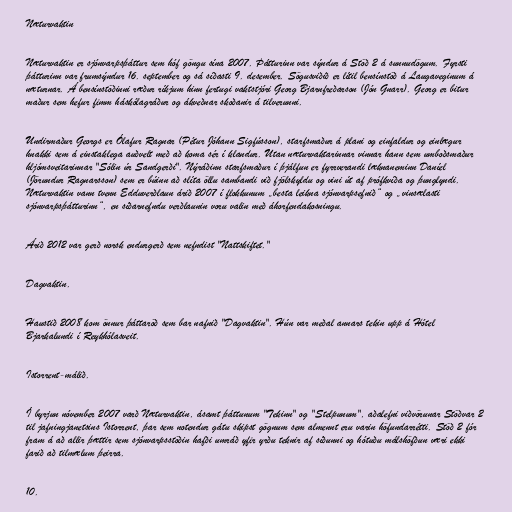
Næturvaktin

Næturvaktin er sjónvarpsþáttur sem hóf göngu sína 2007. Þátturinn var sýndur á Stöð 2 á sunnudögum. Fyrsti
þátturinn var frumsýndur 16. september og sá síðasti 9. desember. Sögusviðið er lítil bensínstöð á Laugaveginum á
næturnar. Á bensínstöðinni ræður ríkjum hinn fertugi vaktstjóri Georg Bjarnfreðarson (Jón Gnarr). Georg er bitur
maður sem hefur fimm háskólagráður og ákveðnar skoðanir á tilverunni.

Undirmaður Georgs er Ólafur Ragnar (Pétur Jóhann Sigfússon), starfsmaður á plani og einfaldur og einlægur
hnakki sem á einstaklega auðvelt með að koma sér í klandur. Utan næturvaktarinnar vinnar hann sem umboðsmaður
hljómsveitarinnar "Sólin úr Sandgerði". Nýráðinn starfsmaður í þjálfun er fyrrverandi læknaneminn Daníel
(Jörundur Ragnarsson) sem er búinn að slíta öllu sambandi við fjölskyldu og vini út af prófkvíða og þunglyndi.
Næturvaktin vann tvenn Edduverðlaun árið 2007 í flokkunum „besta leikna sjónvarpsefnið“ og „vinsælasti
sjónvarpsþátturinn“, en síðarnefndu verðlaunin voru valin með áhorfendakosningu.

Árið 2012 var gerð norsk endurgerð sem nefndist "Nattskiftet."

Dagvaktin.

Haustið 2008 kom önnur þáttaröð sem bar nafnið "Dagvaktin". Hún var meðal annars tekin upp á Hótel
Bjarkalundi í Reykhólasveit.

Istorrent-málið.

Í byrjun nóvember 2007 varð Næturvaktin, ásamt þáttunum "Tekinn" og "Stelpunum", aðalefni viðvörunar Stöðvar 2
til jafningjanetsins Istorrent, þar sem notendur gátu skipst gögnum sem almennt eru varin höfundarrétti. Stöð 2 fór
fram á að allir þættir sem sjónvarpsstöðin hafði umráð yfir yrðu teknir af síðunni og hótuðu málshöfðun væri ekki
farið að tilmælum þeirra.

10.